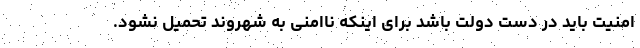
امنیت باید در دست دولت باشد برای اینکه ناامنی به شهروند تحمیل نشود.